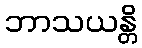
ဘာသယန္တိ